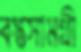
বস্তুসামগ্রী